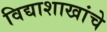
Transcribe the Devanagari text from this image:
विद्याशाखांचे